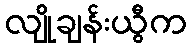
လျိုချန်းယွီက